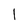
Character: l